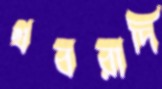
খবরাদি